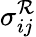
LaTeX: {\sigma_{ij}^{\mathcal{R}}}